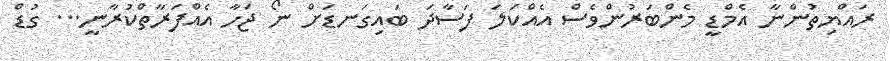
ރައްޔިތުންނާ އެމްޑީީ މެންބަރުންވެސް އެއްކަލަ ފަސާދަ ބައިގަނޑަށް ނޯ ޖަހާ އެއްފަރާތްކުރާނީ... ގުޑް